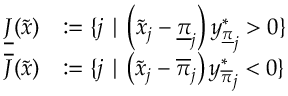
\begin{array} { r l } { \underline { { J } } ( \tilde { x } ) } & { : = \{ j \mid \left( \tilde { x } _ { j } - \underline { { \pi } } _ { j } \right) { y _ { \underline { { \pi } } } ^ { * } } _ { j } > 0 \} } \\ { \overline { { J } } ( \tilde { x } ) } & { : = \{ j \mid \left( \tilde { x } _ { j } - \overline { { \pi } } _ { j } \right) { y _ { \overline { { \pi } } } ^ { * } } _ { j } < 0 \} } \end{array}